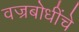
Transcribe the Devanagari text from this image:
वज्रबोधींचे